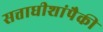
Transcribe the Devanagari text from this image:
सत्ताधीशांपैकी